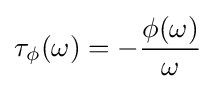
\tau _{\phi }(\omega )=-{\frac {\phi (\omega )}{\omega }}